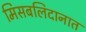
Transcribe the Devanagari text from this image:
मिसबलिदानात